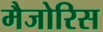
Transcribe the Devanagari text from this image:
मैजोरिस